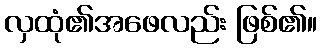
လှထုံ၏အဖေလည်း ဖြစ်၏။